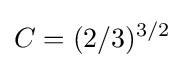
C=(2/3)^{3/2}